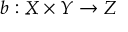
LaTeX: b : X \times Y \to Z